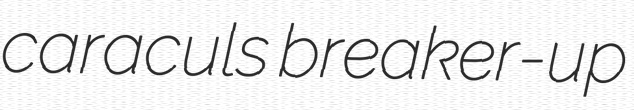
caraculs breaker-up